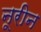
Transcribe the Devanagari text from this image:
नूरीन